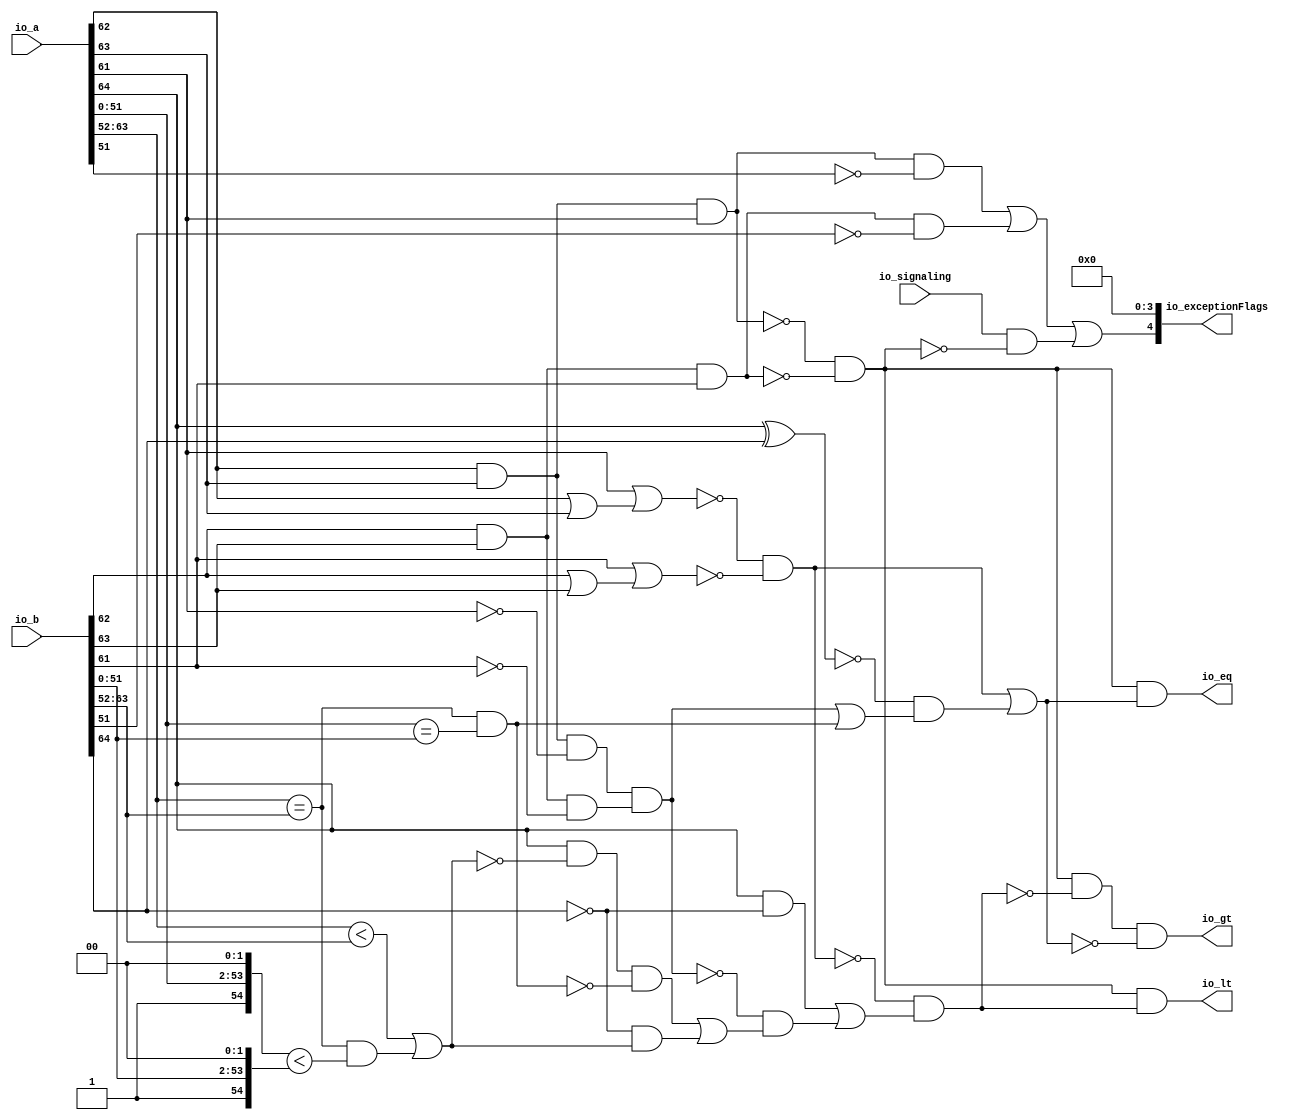
// This program was cloned from: https://github.com/NYU-MLDA/OpenABC
// License: BSD 3-Clause "New" or "Revised" License

module CompareRecFN
(
  io_a,
  io_b,
  io_signaling,
  io_lt,
  io_eq,
  io_gt,
  io_exceptionFlags
);

  input [64:0] io_a;
  input [64:0] io_b;
  output [4:0] io_exceptionFlags;
  input io_signaling;
  output io_lt;
  output io_eq;
  output io_gt;
  wire [4:0] io_exceptionFlags;
  wire io_lt,io_eq,io_gt,N0,T15,T1,T2,ordered,T9,T3,rawB_isNaN,rawA_isNaN,T22,T16,T17,
  T23,T50,T29,ordered_eq,bothZeros,T30,T43,T31,bothInfs,common_eqMags,eqExps,T32,
  rawA_isInf,rawB_isInf,T38,T41,T51,ordered_lt,T67,T52,T65,T53,T64,T54,T60,T55,T59,
  common_ltMags,T58,T56,T57,T62,T61,T63,T66,N1,N2,N3,N4,N5,N6,N7,N8;
  assign io_exceptionFlags[0] = 1'b0;
  assign io_exceptionFlags[1] = 1'b0;
  assign io_exceptionFlags[2] = 1'b0;
  assign io_exceptionFlags[3] = 1'b0;
  assign T32 = { 1'b0, 1'b1, io_a[51:0], 1'b0, 1'b0 } == { 1'b0, 1'b1, io_b[51:0], 1'b0, 1'b0 };
  assign eqExps = { 1'b0, io_a[63:52] } == { 1'b0, io_b[63:52] };
  assign N0 = io_a[64] ^ io_b[64];
  assign T43 = ~N0;
  assign T57 = { 1'b0, 1'b1, io_a[51:0], 1'b0, 1'b0 } < { 1'b0, 1'b1, io_b[51:0], 1'b0, 1'b0 };
  assign T58 = $signed({ 1'b0, io_a[63:52] }) < $signed({ 1'b0, io_b[63:52] });
  assign N1 = io_a[62] | io_a[63];
  assign N2 = io_a[61] | N1;
  assign N3 = ~N2;
  assign N4 = io_b[62] | io_b[63];
  assign N5 = io_b[61] | N4;
  assign N6 = ~N5;
  assign N7 = io_a[62] & io_a[63];
  assign N8 = io_b[62] & io_b[63];
  assign io_exceptionFlags[4] = T15 | T1;
  assign T1 = io_signaling & T2;
  assign T2 = ~ordered;
  assign ordered = T9 & T3;
  assign T3 = ~rawB_isNaN;
  assign rawB_isNaN = N8 & io_b[61];
  assign T9 = ~rawA_isNaN;
  assign rawA_isNaN = N7 & io_a[61];
  assign T15 = T22 | T16;
  assign T16 = rawB_isNaN & T17;
  assign T17 = ~io_b[51];
  assign T22 = rawA_isNaN & T23;
  assign T23 = ~io_a[51];
  assign io_gt = T50 & T29;
  assign T29 = ~ordered_eq;
  assign ordered_eq = bothZeros | T30;
  assign T30 = T43 & T31;
  assign T31 = bothInfs | common_eqMags;
  assign common_eqMags = eqExps & T32;
  assign bothInfs = rawA_isInf & rawB_isInf;
  assign rawB_isInf = N8 & T38;
  assign T38 = ~io_b[61];
  assign rawA_isInf = N7 & T41;
  assign T41 = ~io_a[61];
  assign bothZeros = N3 & N6;
  assign T50 = ordered & T51;
  assign T51 = ~ordered_lt;
  assign ordered_lt = T67 & T52;
  assign T52 = T65 | T53;
  assign T53 = T64 & T54;
  assign T54 = T60 | T55;
  assign T55 = T59 & common_ltMags;
  assign common_ltMags = T58 | T56;
  assign T56 = eqExps & T57;
  assign T59 = ~io_b[64];
  assign T60 = T62 & T61;
  assign T61 = ~common_eqMags;
  assign T62 = io_a[64] & T63;
  assign T63 = ~common_ltMags;
  assign T64 = ~bothInfs;
  assign T65 = io_a[64] & T66;
  assign T66 = ~io_b[64];
  assign T67 = ~bothZeros;
  assign io_eq = ordered & ordered_eq;
  assign io_lt = ordered & ordered_lt;

endmodule